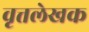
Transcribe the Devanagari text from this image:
वृत्तलेखक